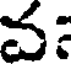
వ: